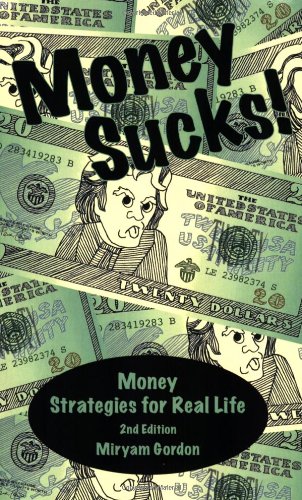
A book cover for Money Sucks! Money Strategies for Real Life; Miryam Gordon; Business & Money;